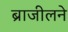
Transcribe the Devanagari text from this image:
ब्राजीलने